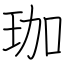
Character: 珈